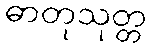
ဓာတုသုတ္တ